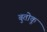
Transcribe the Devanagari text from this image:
बुतोकू